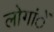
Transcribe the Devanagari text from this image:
लोगांें